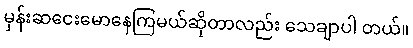
မှန်းဆငေးမောနေကြမယ်ဆိုတာလည်း သေချာပါ တယ်။